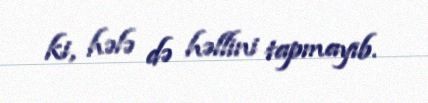
ki, hələ də həllini tapmayıb.